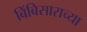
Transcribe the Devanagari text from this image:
बिंबिसाराच्या